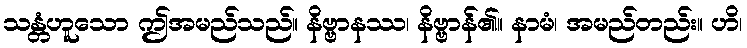
သန္တံဟူသော ဤအမည်သည်။ နိဗ္ဗာနဿ၊ နိဗ္ဗာန်၏။ နာမံ၊ အမည်တည်း။ ဟိ၊